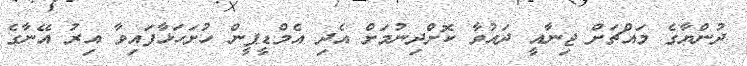
ދުންޔާގެ މައްޗަށް ޖިނާއީ ދައުވާ ކޮށްދިނުމަށް އެދި އެމްޑީޕީން ހުށަހަޅާފައިވާ އިރު އޭނާގެ